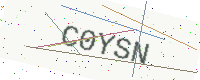
Text: C0YSN